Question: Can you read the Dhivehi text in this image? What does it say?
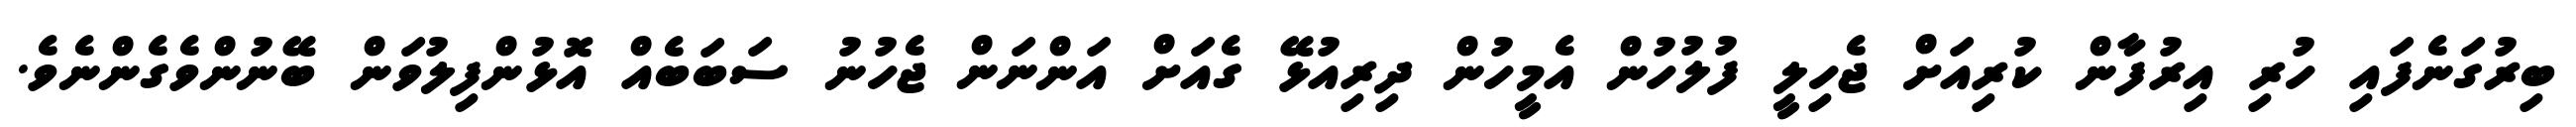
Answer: ބިރުގަނެފައި ހުރި އިރުފާން ކުރިއަށް ޖެހިލީ ފުލުހުން އެމީހުން ދިރިއުޅޭ ގެއަށް އަންނަން ޖެހުނު ސަބަބެއް އޮޅުންފިލުވަން ބޭނުންވެގެންނެވެ.